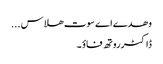
وھدے اے سوت ھلاس ...
ڈاکٹرروتھ فاؤ ۔